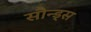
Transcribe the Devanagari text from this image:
सौन्ड्स